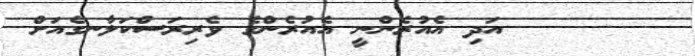
٦٤      އަދި އެއުރެންނީ އެއުރެންގެ ވެރިރަސްކަލާނގެއަށް